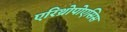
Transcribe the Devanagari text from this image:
एरिथ्रोपोएसिस